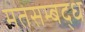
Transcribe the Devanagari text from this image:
मतसम्बद्ध